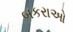
બકરાઓ